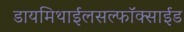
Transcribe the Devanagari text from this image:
डायमिथाईलसल्फॉक्साईड